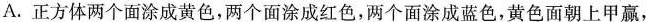
A.正方体两个面涂成黄色，两个面涂成红色，两个面涂成蓝色，黄色面朝上甲赢，